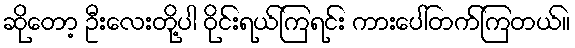
ဆိုတော့ ဦးလေးတို့ပါ ဝိုင်းရယ်ကြရင်း ကားပေါ်တက်ကြတယ်။